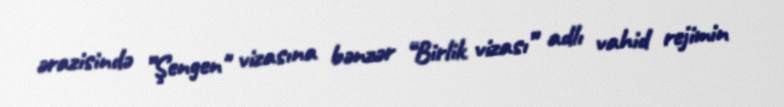
ərazisində ”Şengen" vizasına bənzər “Birlik vizası” adlı vahid rejimin